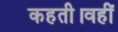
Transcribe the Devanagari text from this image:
कहती।वहीं